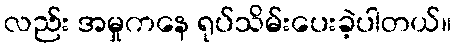
လည်း အမှုကနေ ရုပ်သိမ်းပေးခဲ့ပါတယ်။